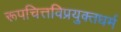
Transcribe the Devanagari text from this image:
रूपचित्तविप्रयुक्तधर्म